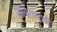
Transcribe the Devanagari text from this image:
बिंबिसारशी